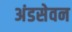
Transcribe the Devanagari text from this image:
अंडसेवन